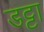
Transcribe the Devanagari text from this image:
डट्टा